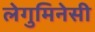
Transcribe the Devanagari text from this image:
लेगुमिनेसी